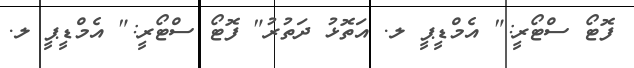
ފޮޓޯ ސްޓޯރީ:" އެމްޑީޕީ ލ. އަތޮޅު ދަތުރު" ފޮޓޯ ސްޓޯރީ:" އެމްޑީޕީ ލ.